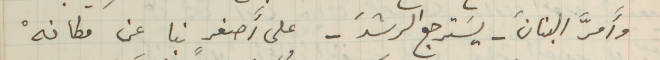
وأَمرَّ البنانَ - يسَترجع الرشدَ - على أَصغرٍ نبا عن مكانهْ